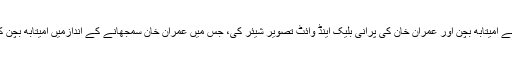
اشعر نامی صارف نے امیتابھ بچن اور عمران خان کی پرانی بلیک اینڈ وائٹ تصویر شیئر کی، جس میں عمران خان سمجھانے کے اندازمیں امیتابھ بچن کو کچھ بتا رہے ہیں۔